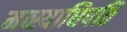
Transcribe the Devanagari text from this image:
मत्स्याधिपति